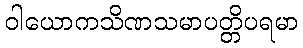
ဝါယောကသိဏသမာပတ္တိပရမာ